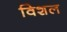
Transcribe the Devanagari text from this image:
विशल